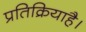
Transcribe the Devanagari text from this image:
प्रतिक्रियाहै।